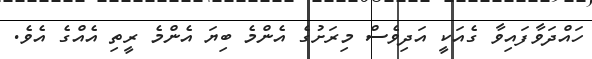
ހައްދަވާފައިވާ ގެއަކީ އަދިވެސް މިރަށުގެ އެންމެ ބިޔަ އެންމެ ރީތި އެއްގެ އެވެ.